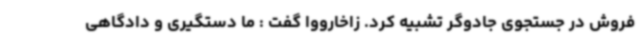
فروش در جستجوی جادوگر تشبیه کرد. زاخارووا گفت : ما دستگیری و دادگاهی